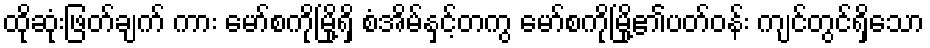
ထိုဆုံးဖြတ်ချက် ကား မော်စကိုမြို့ရှိ စံအိမ်နှင့်တကွ မော်စကိုမြို့၏ပတ်ဝန်း ကျင်တွင်ရှိသော